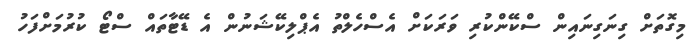
މިގޮތަށް ގިނަގިނައިން ސްކޭންކުރި ވަރަކަށް އެސްހެލްތު އެޕްލިކޭޝަނުން އެ ޑޭޓާތައް ސްޓޯ ކުރުމަށްފަހު